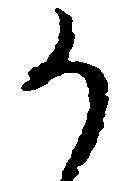
か